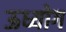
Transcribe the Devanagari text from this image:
ऊध्योग